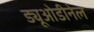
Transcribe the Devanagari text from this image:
ड्यूओडीनेल